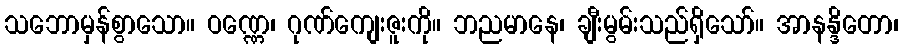
သဘောမှန်စွာသော။ ဝဏ္ဏေ၊ ဂုဏ်ကျေးဇူးကို။ ဘညမာနေ၊ ချီးမွမ်းသည်ရှိသော်။ အာနန္ဒိတော၊